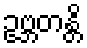
ဥဗ္ဘတန္တိ